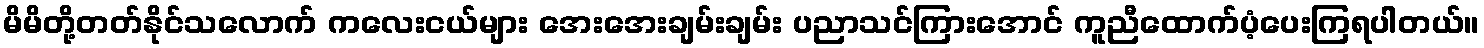
မိမိတို့တတ်နိုင်သလောက် ကလေးငယ်များ အေးအေးချမ်းချမ်း ပညာသင်ကြားအောင် ကူညီထောက်ပံ့ပေးကြရပါတယ်။